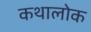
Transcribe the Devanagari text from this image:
कथालोक